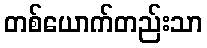
တစ်ယောက်တည်းသာ